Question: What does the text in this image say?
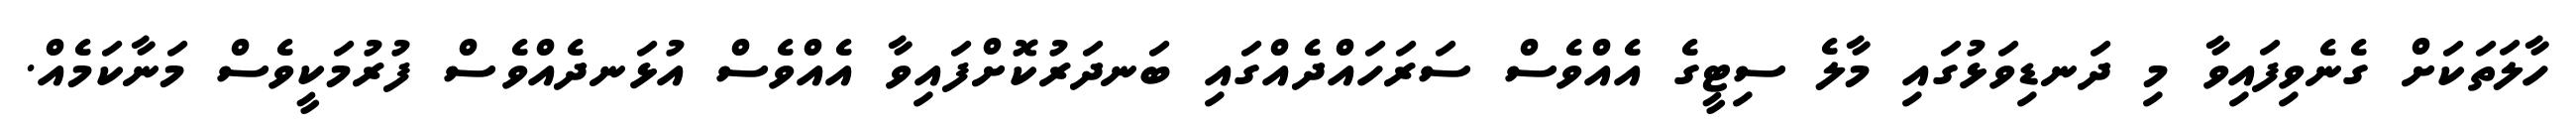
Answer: ހާލަތަކަށް ގެނެވިފައިވާ މި ދަނޑިވަޅުގައި މާލެ ސިޓީގެ އެއްވެސް ސަރަހައްދެއްގައި ބަނދަރުކޮށްފައިވާ އެއްވެސް އުޅަނދެއްވެސް ފުރުމަކީވެސް މަނާކަމެއް.